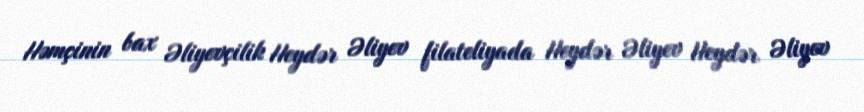
Həmçinin bax Əliyevçilik Heydər Əliyev filateliyada Heydər Əliyev Heydər Əliyev